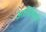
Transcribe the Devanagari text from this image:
आर्टिस्ट्‍स